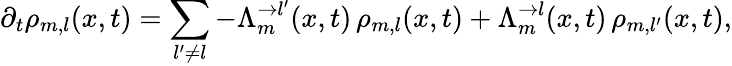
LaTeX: \partial_{t}\rho_{m,l}(x,t)=\sum_{l^{\prime}\neq l}-\Lambda_{m}^{\rightarrow l^{\prime}}(x,t)\, \rho_{m,l}(x,t)+\Lambda_{m}^{\rightarrow l}(x,t)\, \rho_{m,l^{\prime}}(x,t),